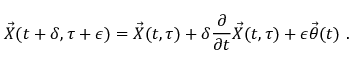
{ \vec { X } } ( t + \delta , \tau + \epsilon ) = { \vec { X } } ( t , \tau ) + \delta \frac { \partial } { \partial t } { \vec { X } } ( t , \tau ) + \epsilon { \vec { \theta } } ( t ) \ .